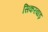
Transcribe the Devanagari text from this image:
सिकरवाड़